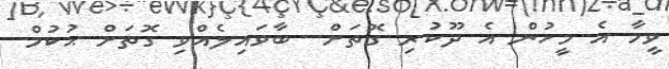
ވީމާ އެ މީހުން އެ ދޫކުރި ގޮތަށް  ބާވައިލެއްވި ގޮތަށް ޙުކުމް